Madras plague regulations in force outside the Presidency town - Volume 3
Disease focus: Plague
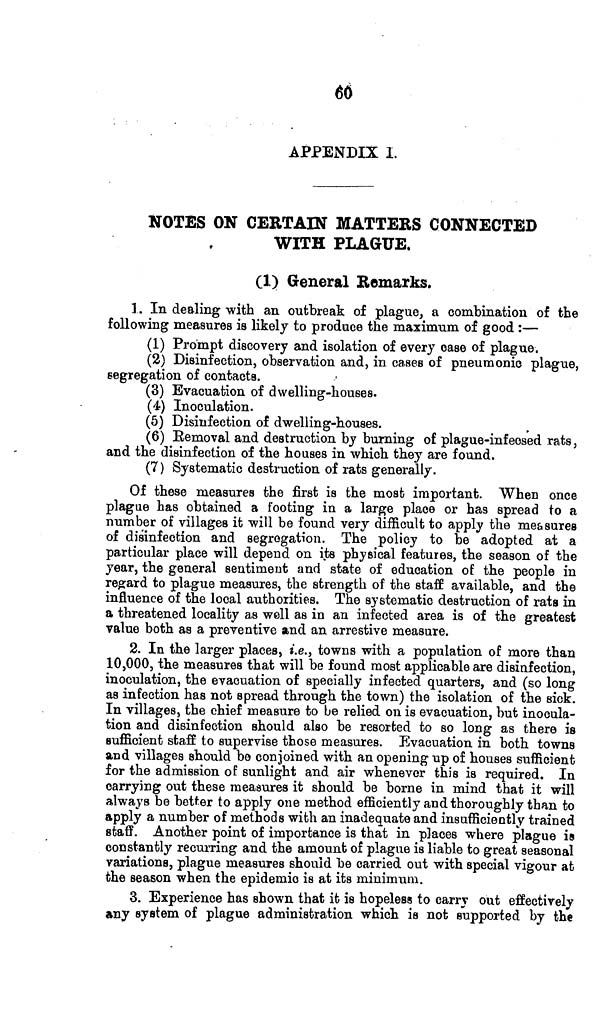
60
APPENDIX I.
NOTES ON CERTAIN MATTERS CONNECTED
WITH PLAGUE.
(1) General Remarks.
1. In dealing with an outbreak of plague, a combination of the
following measures is likely to produce the maximum of good :—
(1) Prompt discovery and isolation of every case of plague.
(2) Disinfection, observation and, in cases of pneumonic plague,
segregation of contacts.
(3) Evacuation of dwelling-houses.
(4) Inoculation.
(5) Disinfection of dwelling-houses.
(6) Eemoval and destruction by burning of plague-infeosed rats,
and the disinfection of the houses in which they are found.
(7 ) Systematic destruction of rats generally.
Of these measures the first is the most important. When once
plague has obtained a footing in a large place or has spread to a
number of villages it will be found very difficult to apply the measures
of disinfection and segregation. The policy to be adopted at a
particular place will depend on its physical features, the season of the
year, the general sentiment and state of education of the people in
regard to plague measures, the strength of the staff available, and the
influence of the local authorities. The systematic destruction of rats in
a threatened locality as well as in an infected area is of the greatest
value both as a preventive and an arrestive measure.
2. In the larger places, i.e., towns with a population of more than
10,000, the measures that will be found most applicable are disinfection,
inoculation, the evacuation of specially infected quarters, and (so long
as infection has not spread through the town) the isolation of the sick.
In villages, the chief measure to be relied on is evacuation, but inocula-
tion and disinfection should also be resorted to so long as there is
sufficient staff to supervise those measures. Evacuation in both towns
and villages should be conjoined with an opening up of houses sufficient
for the admission of sunlight and air whenever this is required. In
carrying out these measures it should be borne in mind that it will
always be better to apply one method efficiently and thoroughly than to
apply a number of methods with an inadequate and insufficiently trained
staff. Another point of importance is that in places where plague is
constantly recurring and the amount of plague is liable to great seasonal
variations, plague measures should be carried out with special vigour at
the season when the epidemic is at its minimum.
3. Experience has shown that it is hopeless to carry out effectively
»ny system of plague administration which is not supported by the